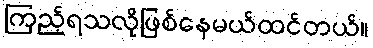
ကြည့်ရသလိုဖြစ်နေမယ်ထင်တယ်။